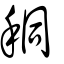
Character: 秱